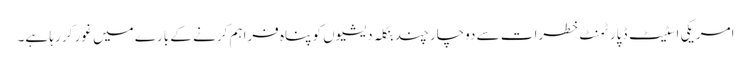
امریکی اسٹیٹ ڈپارٹمنٹ خطرات سے دوچار چند بنگلہ دیشیوں کو پناہ فراہم کرنے کے بارے میں غور کر رہا ہے۔